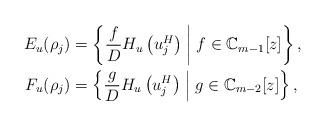
LaTeX: \begin{align*}E_u(\rho_j)&=\left\lbrace \frac{f}{D}H_u\left( u_j^H\right) \;\middle|\; f\in \mathbb{C}_{m-1}[z]\right\rbrace ,\\F_u(\rho_j)&= \left\lbrace \frac{g}{D}H_u\left( u_j^H\right) \;\middle|\; g\in \mathbb{C}_{m-2}[z]\right\rbrace ,\end{align*}